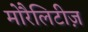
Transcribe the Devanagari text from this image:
मोरैलिटीज़